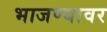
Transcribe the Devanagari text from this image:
भाजण्यावर